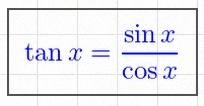
\tan x=\frac{\sin x}{\cos x}